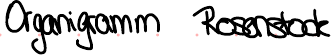
Organigramm Rosenstock